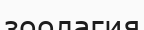
зоолагия